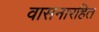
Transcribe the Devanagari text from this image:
वासनारहित